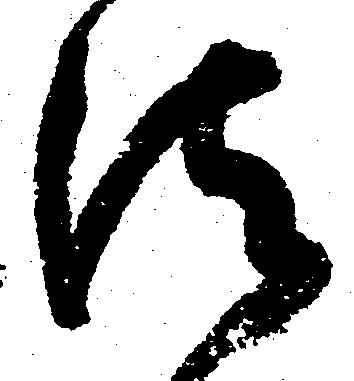
法